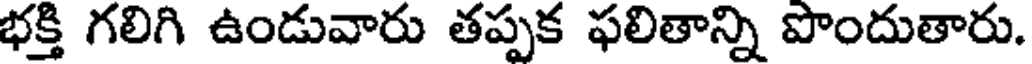
భక్తి గలిగి ఉండువారు తప్పక ఫలితాన్ని పొందుతారు.